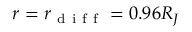
r = r _ { \mathrm { ~ d ~ i ~ f ~ f ~ } } = 0 . 9 6 R _ { J }